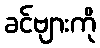
ခင်ဗျားကို